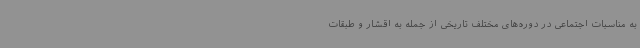
به مناسبات اجتماعی در دوره‌های مختلف تاریخی از جمله به اقشار و طبقات